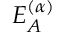
E _ { A } ^ { ( \alpha ) }